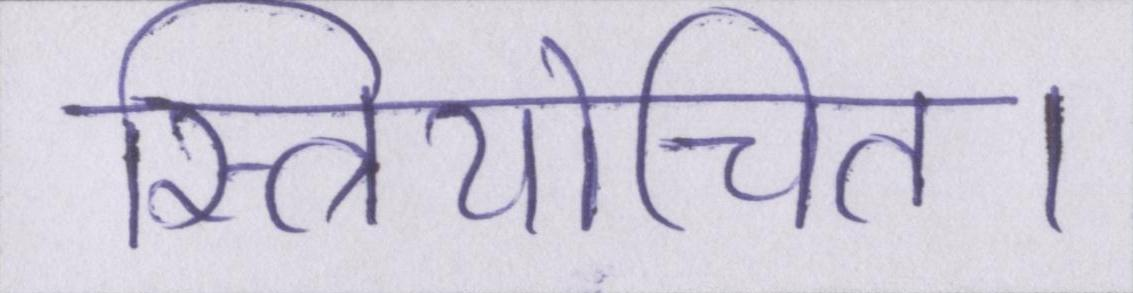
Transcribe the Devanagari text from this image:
स्त्रियोचित।